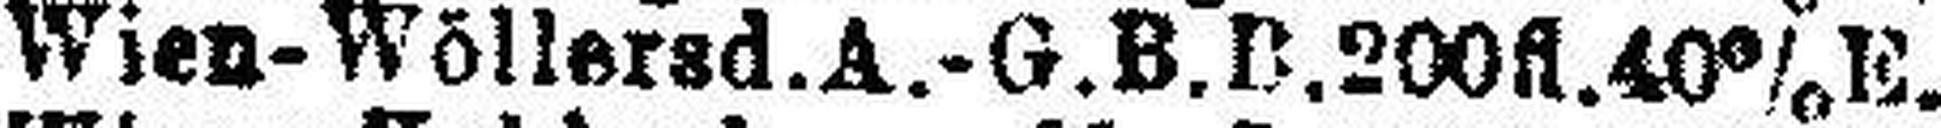
Wien-Wöllersd.A.-G.B.B.200fl.40% E.